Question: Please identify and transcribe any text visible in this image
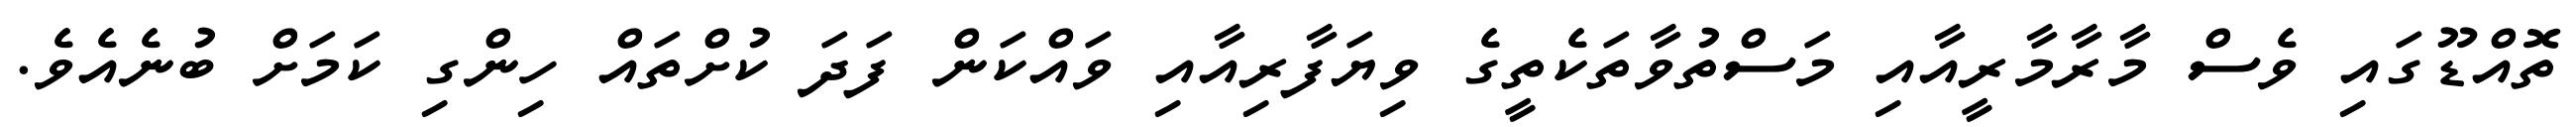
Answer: ތޮއްޑޫގައި ވެސް މާރާމާރީއާއި މަސްތުވާތަކެތީގެ ވިޔަފާރިއާއި ވައްކަން ފަދަ ކުށްތައް ހިންގި ކަމަށް ބުނެއެވެ.